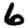
Digit: 6